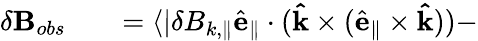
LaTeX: \begin{array}{rlr}{\delta\mathbf{B}_{obs}}&{{}}&{=\langle|\delta B_{k,\parallel}\hat{\mathbf{e}}_{\parallel}\cdot(\mathbf{\hat{k}}\times(\hat{\mathbf{e}}_{\parallel}\times\mathbf{\hat{k}}))-}\end{array}